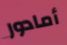
أمادور